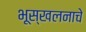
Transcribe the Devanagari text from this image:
भूस्खलनाचे